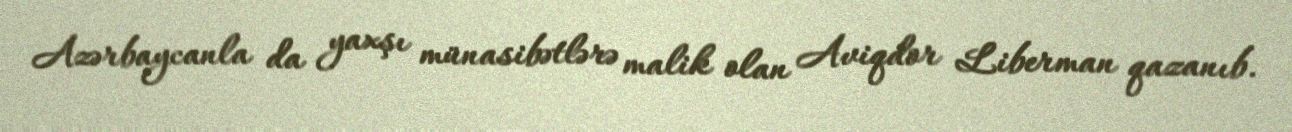
Azərbaycanla da yaxşı münasibətlərə malik olan Aviqdor Liberman qazanıb.